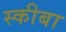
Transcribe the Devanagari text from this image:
स्कीबा